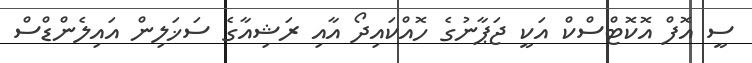
ސީ އޮފް އޮކޮޓްސްކް އަކީ ޖަޕާނުގެ ހޮއްކައިދޯ އާއި ރަޝިއާގެ ސަޚަލިން އައިލެންޑްސް